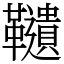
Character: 䪋